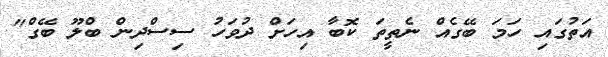
އަތުގައި ހަމަ ބޭގެއް ނެތީތަ ކޮބާ އިހަށް ދުވަހު ސިސްދިން ބްލޫ ބޭގް"